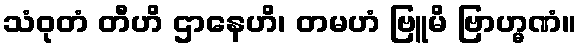
သံဝုတံ တီဟိ ဌာနေဟိ၊ တမဟံ ဗြူမိ ဗြာဟ္မဏံ။